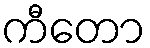
ကီတော